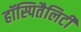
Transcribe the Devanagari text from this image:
हॉस्पितैलिटी